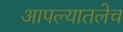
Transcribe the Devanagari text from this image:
आपल्यातलेच